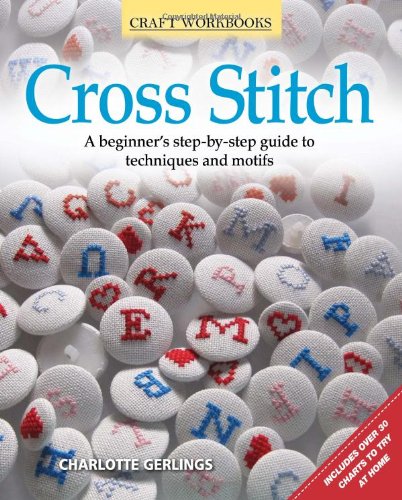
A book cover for Cross Stitch: A beginner's step-by-step guide to techniques and motifs (Craft Workbooks); Charlotte Gerlings; Crafts, Hobbies & Home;